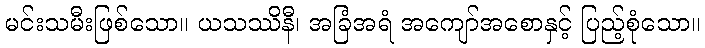
မင်းသမီးဖြစ်သော။ ယသဿိနီ၊ အခြံအရံ အကျော်အစောနှင့် ပြည့်စုံသော။